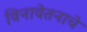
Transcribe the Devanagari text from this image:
विनावेतनाचे